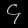
Digit: ၄